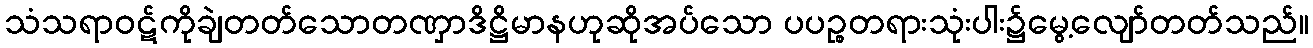
သံသရာဝဋ်ကိုချဲတတ်သောတဏှာဒိဋ္ဌိမာနဟုဆိုအပ်သော ပပဉ္စတရားသုံးပါး၌မွေ့လျော်တတ်သည်။